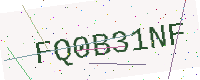
Text: FQ0B31NF